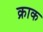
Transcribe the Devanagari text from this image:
क्राक